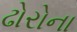
ઢોરોના